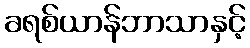
ခရစ်ယာန်ဘာသာနှင့်